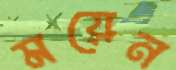
ময়েন